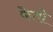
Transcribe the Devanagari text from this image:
फेतो